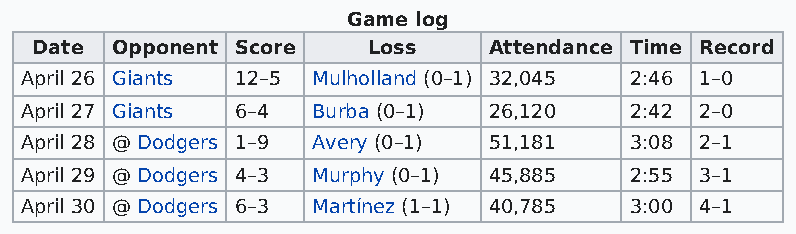
Game log
 Date Opponent Score   Loss    Attendance Time Record
 April 26 Giants 12–5 Mulholland (0–1) 32,045 2:46 1–0
 April 27 Giants 6–4 Burba (0–1) 26,120   2:42 2–0
 April 28 @ Dodgers 1–9 Avery (0–1) 51,181 3:08 2–1
 April 29 @ Dodgers 4–3 Murphy (0–1) 45,885 2:55 3–1
 April 30 @ Dodgers 6–3 Martínez (1–1) 40,785 3:00 4–1